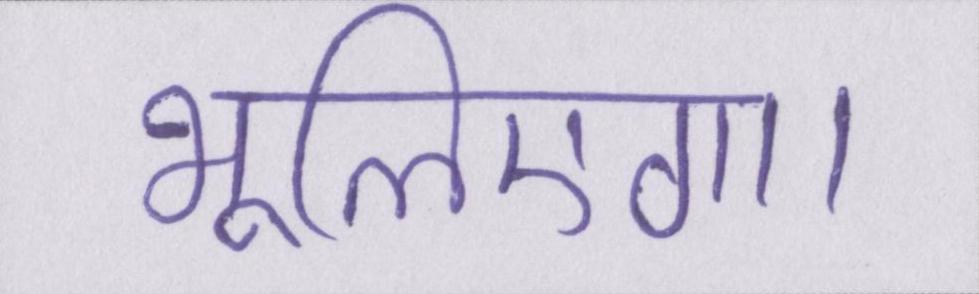
भूलिएगा।